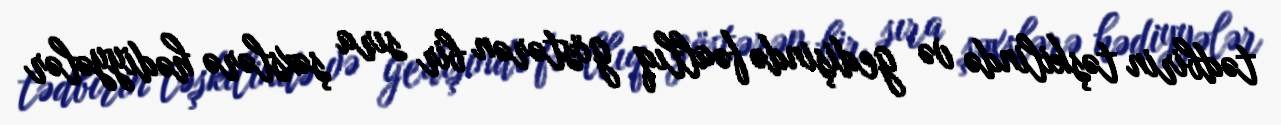
tədbirin təşkilində və gedişində fəallıq göstərən bir sıra şəxslərə hədiyyələr